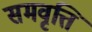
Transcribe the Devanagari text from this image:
समवृत्ति